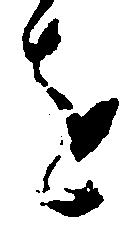
を